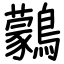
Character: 鸏